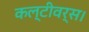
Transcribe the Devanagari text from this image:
कल्टीवर्स।